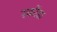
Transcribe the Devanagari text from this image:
स्कोंडा